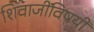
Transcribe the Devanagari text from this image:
शिवाजींविषयी